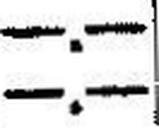
—.—